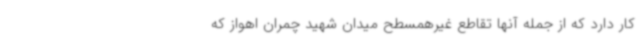
کار دارد که از جمله آنها تقاطع غیرهمسطح میدان شهید چمران اهواز که